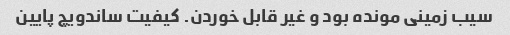
سیب زمینی مونده بود و غیر قابل خوردن. کیفیت ساندویچ پایین